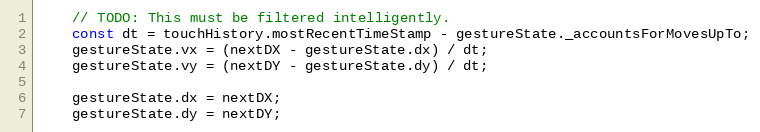
Language: JavaScript
    // TODO: This must be filtered intelligently.
    const dt = touchHistory.mostRecentTimeStamp - gestureState._accountsForMovesUpTo;
    gestureState.vx = (nextDX - gestureState.dx) / dt;
    gestureState.vy = (nextDY - gestureState.dy) / dt;

    gestureState.dx = nextDX;
    gestureState.dy = nextDY;